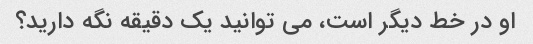
او در خط دیگر است، می توانید یک دقیقه نگه دارید؟